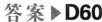
答案D60